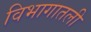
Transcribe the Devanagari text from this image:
विभागातली